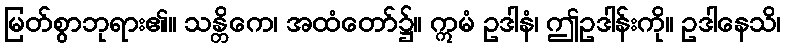
မြတ်စွာဘုရား၏။ သန္တိကေ၊ အထံတော်၌။ ဣမံ ဥဒါနံ၊ ဤဥဒါန်းကို။ ဥဒါနေသိ၊